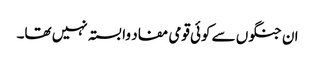
ان جنگوں سے کوئی قومی مفاد وابستہ نہیں تھا۔